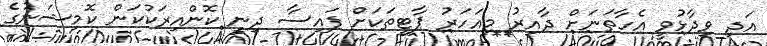
އަދި ވިދާޅުވީ އެހާތަނަށް ދާއިރު މިއަހަރު ޕާޓީތަކަށް ފައިސާ ދިނީ ކޮންއިރަކުކަން ކޮމިޝަނުގެ